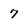
Character: 7